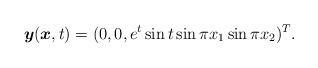
LaTeX: \begin{align*} \boldsymbol{y}(\boldsymbol{x},t) = (0,0,e^t \sin{t} \sin{\pi x_1} \sin{\pi x_2} )^T.\end{align*}